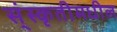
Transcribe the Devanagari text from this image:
स्ंस्कृतीमधील